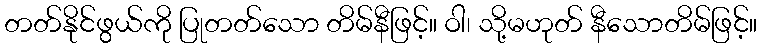
တတ်နိုင်ဖွယ်ကို ပြုတတ်သော တိမ်နီဖြင့်။ ဝါ၊ သို့မဟုတ် နီသောတိမ်ဖြင့်။